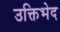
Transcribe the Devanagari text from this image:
उक्तिभेद